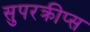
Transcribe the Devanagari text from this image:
सुपरक्रीप्स